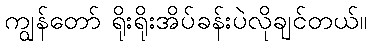
ကျွန်တော် ရိုးရိုးအိပ်ခန်းပဲလိုချင်တယ်။